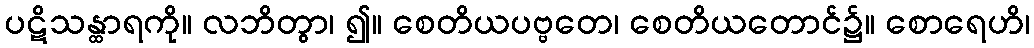
ပဋိသန္ထာရကို။ လဘိတွာ၊ ၍။ စေတိယပဗ္ဗတေ၊ စေတိယတောင်၌။ စောရေဟိ၊